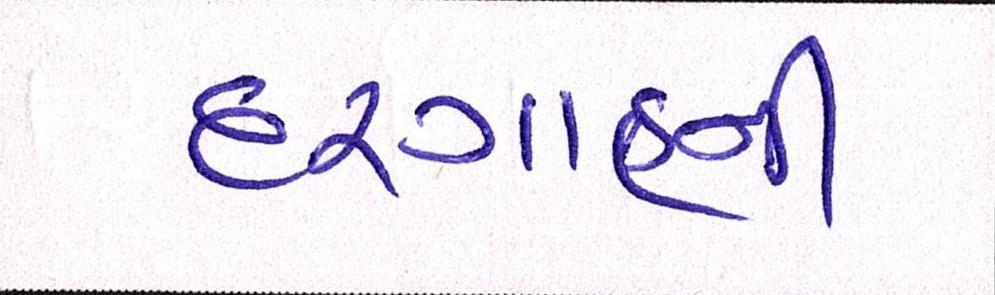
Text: દરગાહની